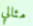
مثالي